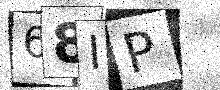
Text: 68IP